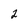
Character: 2